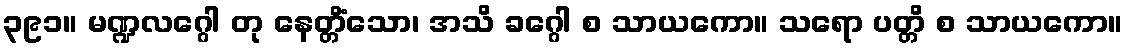
၃၉၁။ မဏ္ဍလဂ္ဂေါ တု နေတ္တိံသော၊ အသိ ခဂ္ဂေါ စ သာယကော။ သရော ပတ္တိ စ သာယကော။